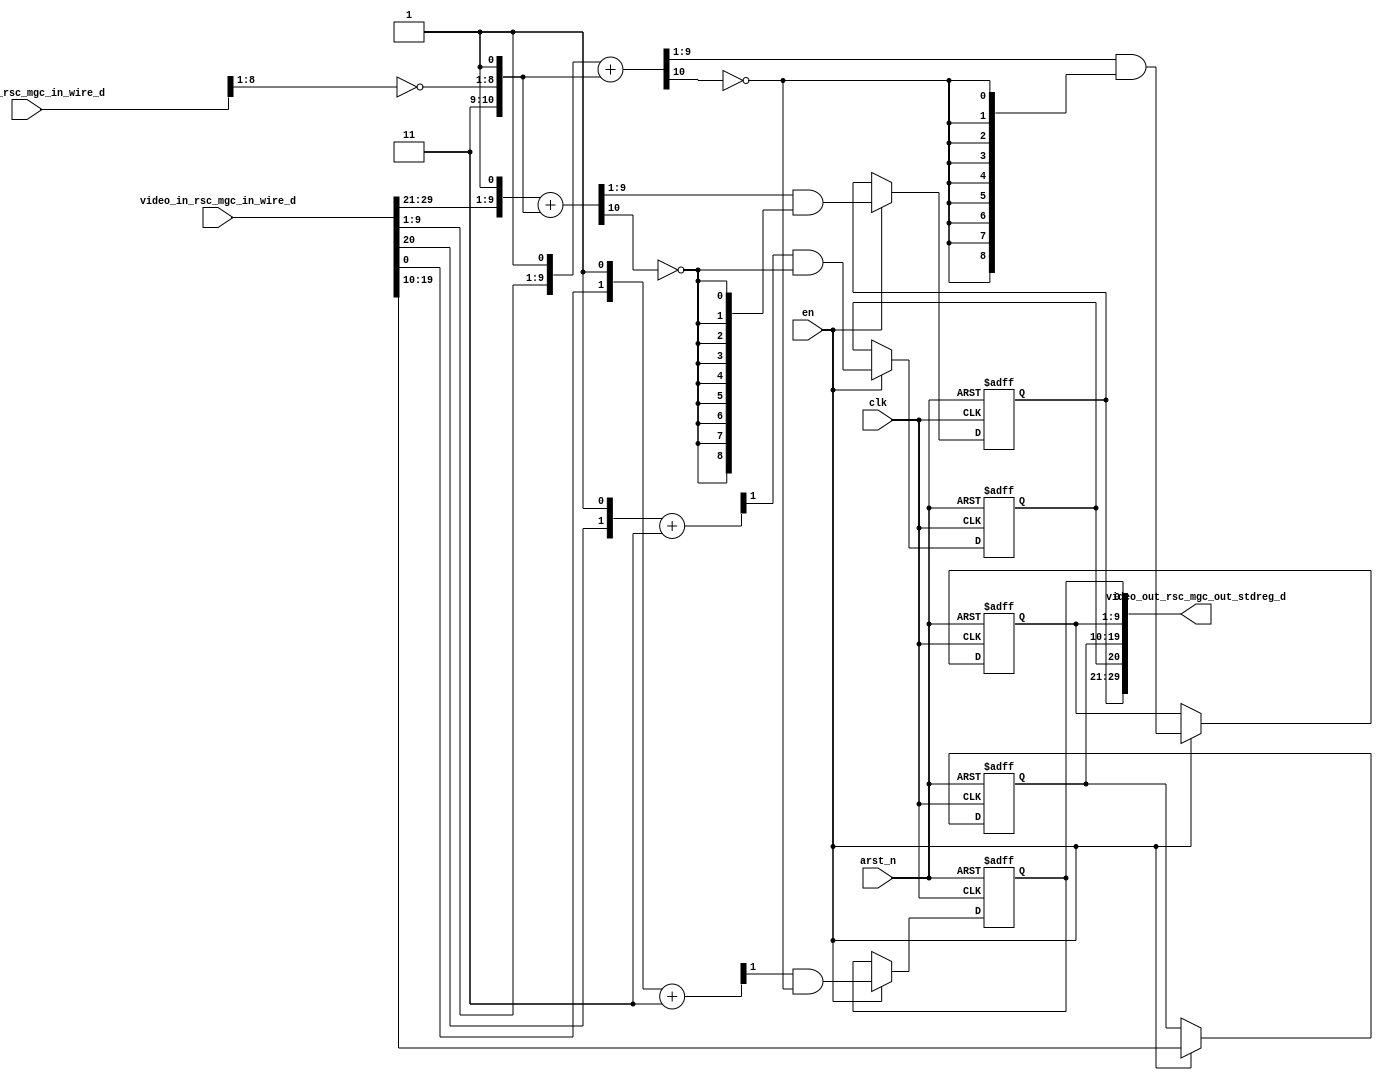
module green_tint_core (
  clk, en, arst_n, video_in_rsc_mgc_in_wire_d, video_out_rsc_mgc_out_stdreg_d, mouse_xy_rsc_mgc_in_wire_d
);
  input clk;
  input en;
  input arst_n;
  input [29:0] video_in_rsc_mgc_in_wire_d;
  output [29:0] video_out_rsc_mgc_out_stdreg_d;
  input [19:0] mouse_xy_rsc_mgc_in_wire_d;


  // Interconnect Declarations
  reg [8:0] reg_video_out_rsc_mgc_out_stdreg_d_tmp;
  reg reg_video_out_rsc_mgc_out_stdreg_d_tmp_1;
  reg [9:0] reg_video_out_rsc_mgc_out_stdreg_d_tmp_2;
  reg [8:0] reg_video_out_rsc_mgc_out_stdreg_d_tmp_3;
  reg reg_video_out_rsc_mgc_out_stdreg_d_tmp_4;
  wire [10:0] else_else_acc_4_itm;
  wire [11:0] nl_else_else_acc_4_itm;
  wire [10:0] else_else_acc_6_itm;
  wire [11:0] nl_else_else_acc_6_itm;


  // Interconnect Declarations for Component Instantiations 
  assign video_out_rsc_mgc_out_stdreg_d = {reg_video_out_rsc_mgc_out_stdreg_d_tmp
      , reg_video_out_rsc_mgc_out_stdreg_d_tmp_1 , reg_video_out_rsc_mgc_out_stdreg_d_tmp_2
      , reg_video_out_rsc_mgc_out_stdreg_d_tmp_3 , reg_video_out_rsc_mgc_out_stdreg_d_tmp_4};
  assign nl_else_else_acc_4_itm = conv_u2u_10_11({(video_in_rsc_mgc_in_wire_d[29:21])
      , 1'b1}) + conv_s2u_10_11({1'b1 , (~ (mouse_xy_rsc_mgc_in_wire_d[8:1])) , 1'b1});
  assign else_else_acc_4_itm = nl_else_else_acc_4_itm[10:0];
  assign nl_else_else_acc_6_itm = conv_u2u_10_11({(video_in_rsc_mgc_in_wire_d[9:1])
      , 1'b1}) + conv_s2u_10_11({1'b1 , (~ (mouse_xy_rsc_mgc_in_wire_d[8:1])) , 1'b1});
  assign else_else_acc_6_itm = nl_else_else_acc_6_itm[10:0];
  always @(posedge clk or negedge arst_n) begin
    if ( ~ arst_n ) begin
      reg_video_out_rsc_mgc_out_stdreg_d_tmp <= 9'b0;
      reg_video_out_rsc_mgc_out_stdreg_d_tmp_1 <= 1'b0;
      reg_video_out_rsc_mgc_out_stdreg_d_tmp_2 <= 10'b0;
      reg_video_out_rsc_mgc_out_stdreg_d_tmp_3 <= 9'b0;
      reg_video_out_rsc_mgc_out_stdreg_d_tmp_4 <= 1'b0;
    end
    else begin
      if ( en ) begin
        reg_video_out_rsc_mgc_out_stdreg_d_tmp <= (else_else_acc_4_itm[9:1]) & (signext_9_1(~
            (else_else_acc_4_itm[10])));
        reg_video_out_rsc_mgc_out_stdreg_d_tmp_1 <= (readslicef_2_1_1((({(video_in_rsc_mgc_in_wire_d[20])
            , 1'b1}) + 2'b11))) & (~ (else_else_acc_4_itm[10]));
        reg_video_out_rsc_mgc_out_stdreg_d_tmp_2 <= video_in_rsc_mgc_in_wire_d[19:10];
        reg_video_out_rsc_mgc_out_stdreg_d_tmp_3 <= (else_else_acc_6_itm[9:1]) &
            (signext_9_1(~ (else_else_acc_6_itm[10])));
        reg_video_out_rsc_mgc_out_stdreg_d_tmp_4 <= (readslicef_2_1_1((({(video_in_rsc_mgc_in_wire_d[0])
            , 1'b1}) + 2'b11))) & (~ (else_else_acc_6_itm[10]));
      end
    end
  end

  function [8:0] signext_9_1;
    input [0:0] vector;
  begin
    signext_9_1= {{8{vector[0]}}, vector};
  end
  endfunction


  function [0:0] readslicef_2_1_1;
    input [1:0] vector;
    reg [1:0] tmp;
  begin
    tmp = vector >> 1;
    readslicef_2_1_1 = tmp[0:0];
  end
  endfunction


  function  [10:0] conv_u2u_10_11 ;
    input [9:0]  vector ;
  begin
    conv_u2u_10_11 = {1'b0, vector};
  end
  endfunction


  function  [10:0] conv_s2u_10_11 ;
    input signed [9:0]  vector ;
  begin
    conv_s2u_10_11 = {vector[9], vector};
  end
  endfunction

endmodule
module green_tint (
  video_in_rsc_z, video_out_rsc_z, mouse_xy_rsc_z, clk, en, arst_n
);
  input [29:0] video_in_rsc_z;
  output [29:0] video_out_rsc_z;
  input [19:0] mouse_xy_rsc_z;
  input clk;
  input en;
  input arst_n;


  // Interconnect Declarations
  wire [29:0] video_in_rsc_mgc_in_wire_d;
  wire [29:0] video_out_rsc_mgc_out_stdreg_d;
  wire [19:0] mouse_xy_rsc_mgc_in_wire_d;


  // Interconnect Declarations for Component Instantiations 
  mgc_in_wire #(.rscid(1),
  .width(30)) video_in_rsc_mgc_in_wire (
      .d(video_in_rsc_mgc_in_wire_d),
      .z(video_in_rsc_z)
    );
  mgc_out_stdreg #(.rscid(2),
  .width(30)) video_out_rsc_mgc_out_stdreg (
      .d(video_out_rsc_mgc_out_stdreg_d),
      .z(video_out_rsc_z)
    );
  mgc_in_wire #(.rscid(3),
  .width(20)) mouse_xy_rsc_mgc_in_wire (
      .d(mouse_xy_rsc_mgc_in_wire_d),
      .z(mouse_xy_rsc_z)
    );
  green_tint_core green_tint_core_inst (
      .clk(clk),
      .en(en),
      .arst_n(arst_n),
      .video_in_rsc_mgc_in_wire_d(video_in_rsc_mgc_in_wire_d),
      .video_out_rsc_mgc_out_stdreg_d(video_out_rsc_mgc_out_stdreg_d),
      .mouse_xy_rsc_mgc_in_wire_d(mouse_xy_rsc_mgc_in_wire_d)
    );
endmodule